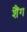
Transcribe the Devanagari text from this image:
शैंग